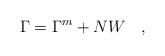
\begin{align*}\Gamma=\Gamma^{\tiny{m}}+NW~~~,\end{align*}